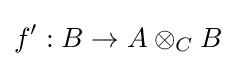
f':B\rightarrow A\otimes _{C}B